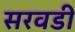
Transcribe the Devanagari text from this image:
सरवडी